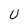
Character: U